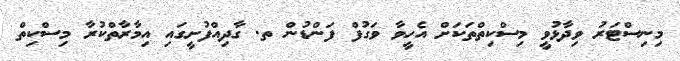
މިނިސްޓަރު ވިދާޅުވީ މިސްކިތްތަކަށް އެހީވާ ވަގުފް ފަންޑުން ތ. ގާދިއްފުށީގައި އިމާރާތްކުރާ މިސްކިތް